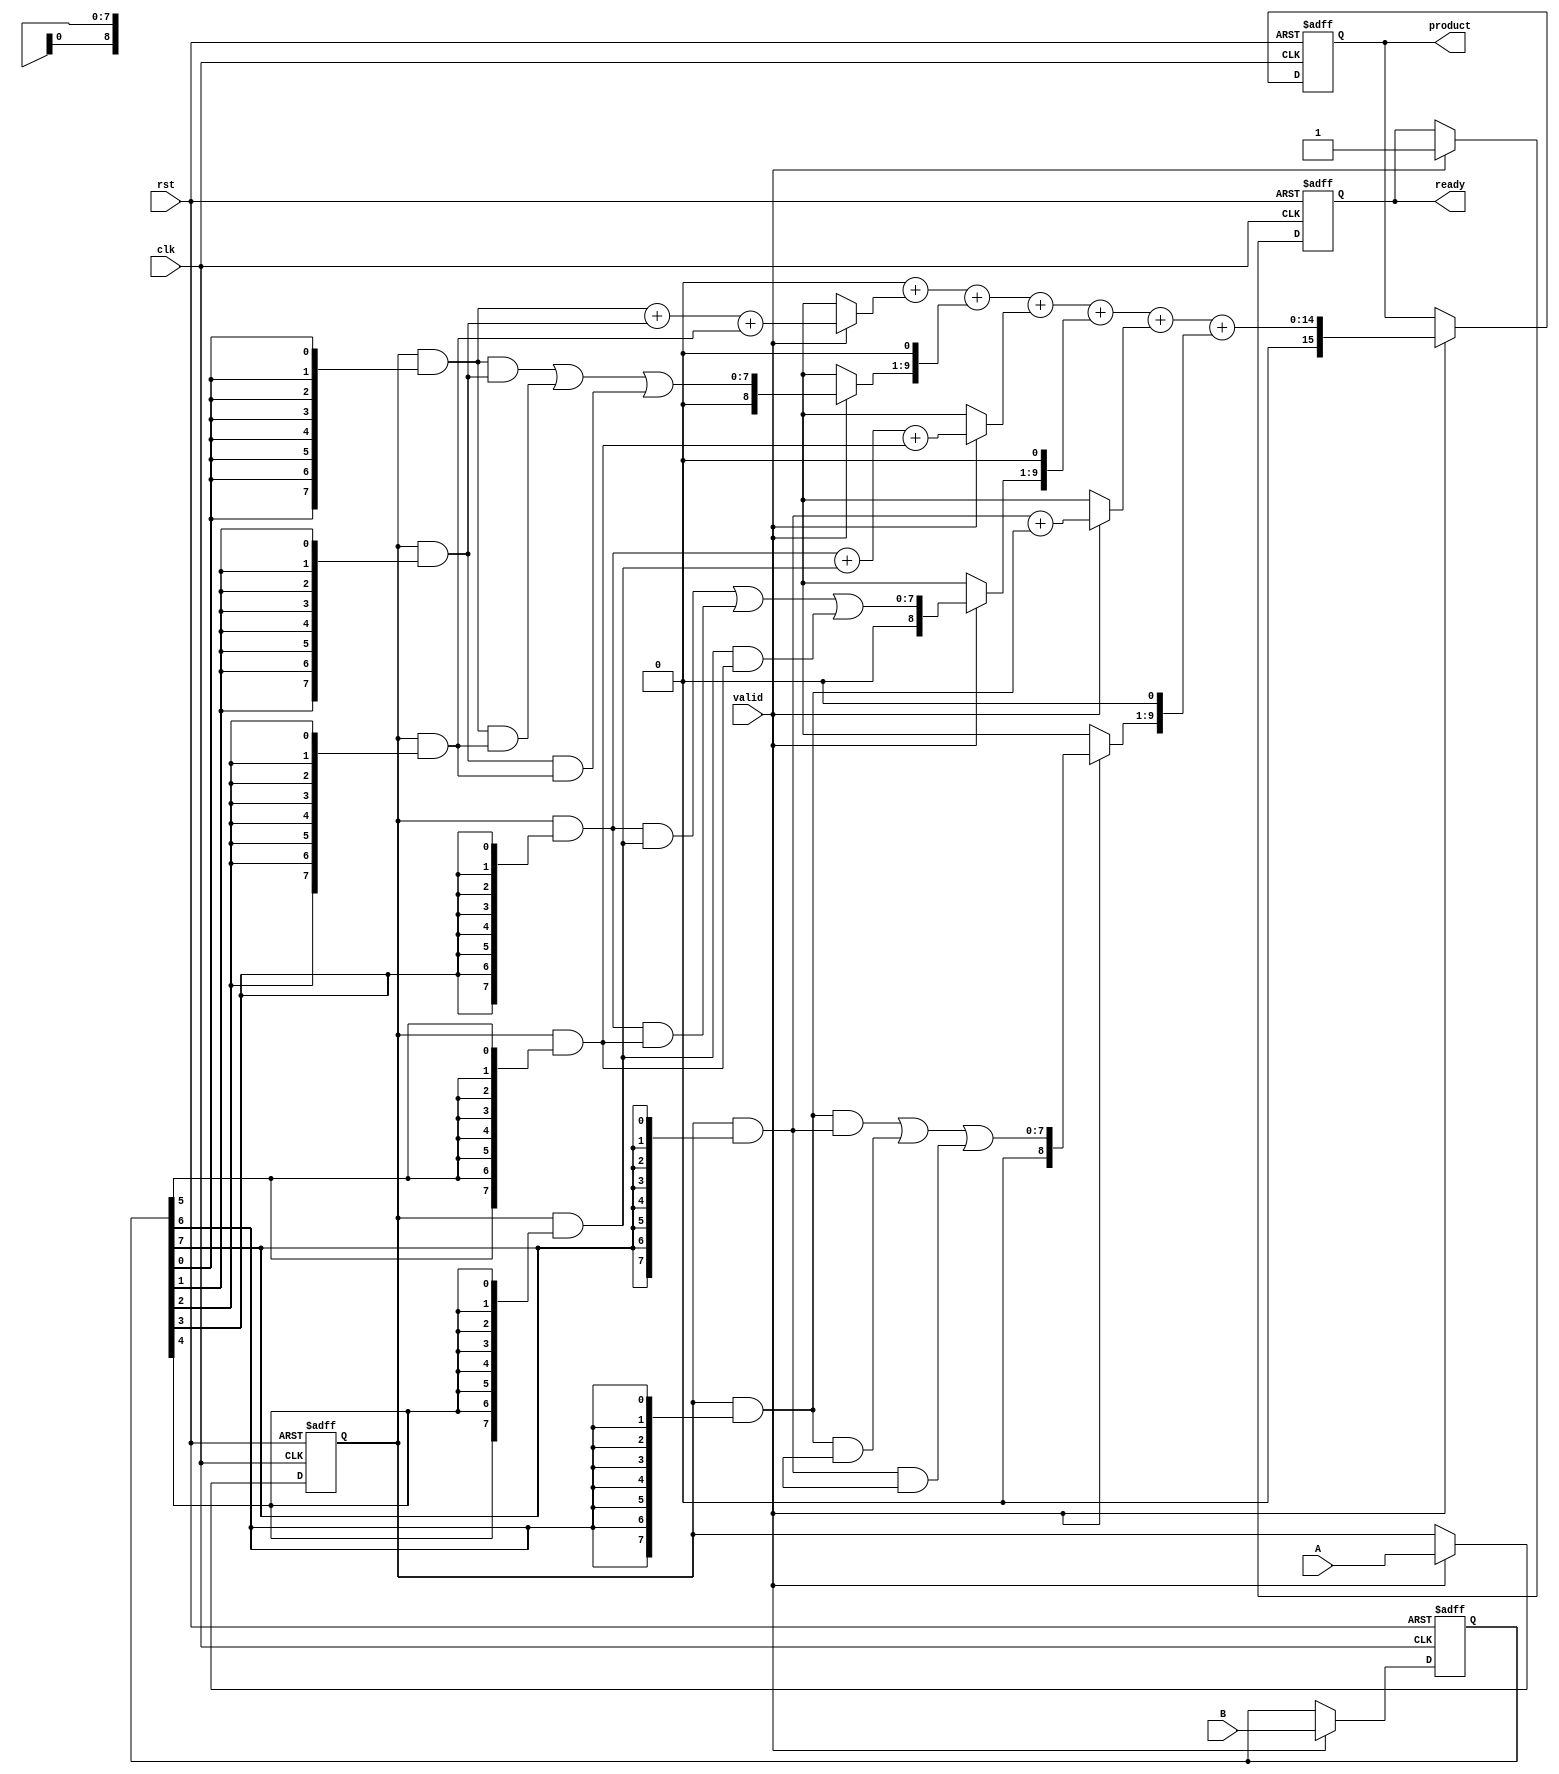
module Pipelined_Wallace_Tree_Multiplier #(
    parameter WIDTH = 8 // Width of input operands
)(
    input clk,
    input rst,
    input [WIDTH-1:0] A, // Multiplicand
    input [WIDTH-1:0] B, // Multiplier
    input valid, // Input valid signal
    output reg [2*WIDTH-1:0] product, // Output product
    output reg ready // Output ready signal
);

    // Stage 1: Input registers
    reg [WIDTH-1:0] A_reg, B_reg;
    
    // Stage 2: Partial product generation
    reg [WIDTH-1:0] partial_products[WIDTH-1:0];

    // Stage 3: Wallace Tree Reduction
    reg [WIDTH:0] sum[WIDTH:0]; // To hold sums
    reg [WIDTH:0] carry[WIDTH:0]; // To hold carries
    integer i;

    // Pipeline Registers
    reg [2*WIDTH-1:0] pp_sum;
    reg [2*WIDTH-1:0] final_sum;

    // Control Logic
    always @(posedge clk or posedge rst) begin
        if (rst) begin
            A_reg <= 0;
            B_reg <= 0;
            ready <= 0;
            product <= 0;
        end else if (valid) begin
            // Stage 1: Load inputs
            A_reg <= A;
            B_reg <= B;

            // Stage 2: Generate partial products
            for (i = 0; i < WIDTH; i = i + 1) begin
                partial_products[i] = A_reg & {WIDTH{B_reg[i]}};
            end

            // Stage 3: Wallace Tree Reduction
            // First reduction stage
            for (i = 0; i < WIDTH; i = i + 1) begin
                if (i % 3 == 0) begin
                    sum[i/3] = partial_products[i] + partial_products[i+1] + partial_products[i+2];
                    carry[i/3] = (partial_products[i] & partial_products[i+1]) | (partial_products[i] & partial_products[i+2]) | (partial_products[i+1] & partial_products[i+2]);
                end
            end
            
            // Handle the case for remaining partial products
            if (WIDTH % 3 == 1) begin
                sum[WIDTH/3] = partial_products[WIDTH-1]; // Last partial product
            end else if (WIDTH % 3 == 2) begin
                sum[WIDTH/3] = partial_products[WIDTH-1] + partial_products[WIDTH-2];
            end
            
            // Final addition
            pp_sum = 0;
            for (i = 0; i <= WIDTH/3; i = i + 1) begin
                pp_sum = pp_sum + sum[i] + {carry[i], 1'b0}; // Align carry
            end
            
            // Update output
            product <= pp_sum;
            ready <= 1; // Signal that product is ready
        end
    end

endmodule